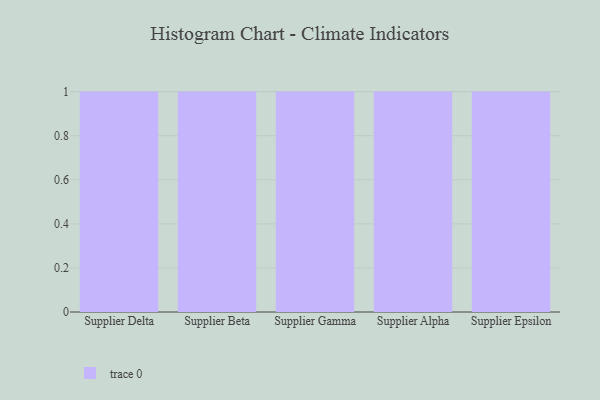
{"axis": {"x": "Supplier", "y": "Website Visitors"}, "legend": [""], "data": [{"x": "Supplier Delta", "y": 83, "type": ""}, {"x": "Supplier Beta", "y": 13, "type": ""}, {"x": "Supplier Gamma", "y": 83, "type": ""}, {"x": "Supplier Alpha", "y": 27, "type": ""}, {"x": "Supplier Epsilon", "y": 52, "type": ""}]}